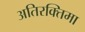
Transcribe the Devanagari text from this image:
अतिरक्तिमा